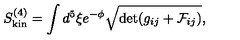
S _ { \mathrm { k i n } } ^ { ( 4 ) } = \int d ^ { 5 } \xi e ^ { - \phi } \sqrt { \det ( g _ { i j } + { \cal F } _ { i j } ) } ,